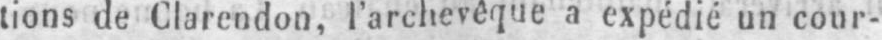
tions de Clarendon, l’archevêque a expédié un cour-